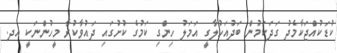
ކުޑަކުއްޖަކާމެދު ގަދަކަމުން ބަދުއަހުލާގީ އަމަލު ހިންގި ކަމުގެ ކުށުގައި ދައުވާކުރާ މީހުންނަކީ އދ.